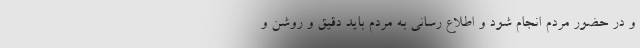
و در حضور مردم انجام شود و اطلاع رسانی به مردم باید دقیق و روشن و